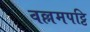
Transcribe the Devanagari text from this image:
वल्लमपट्टि